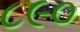
૮૯૦